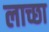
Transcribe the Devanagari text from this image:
लाच्छा